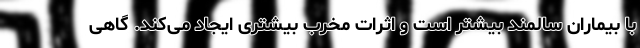
با بیماران سالمند بیشتر است و اثرات مخرب بیشتری ایجاد می‌کند. گاهی